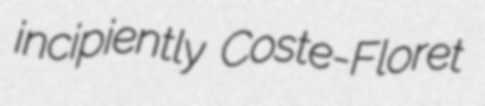
incipiently Coste-Floret